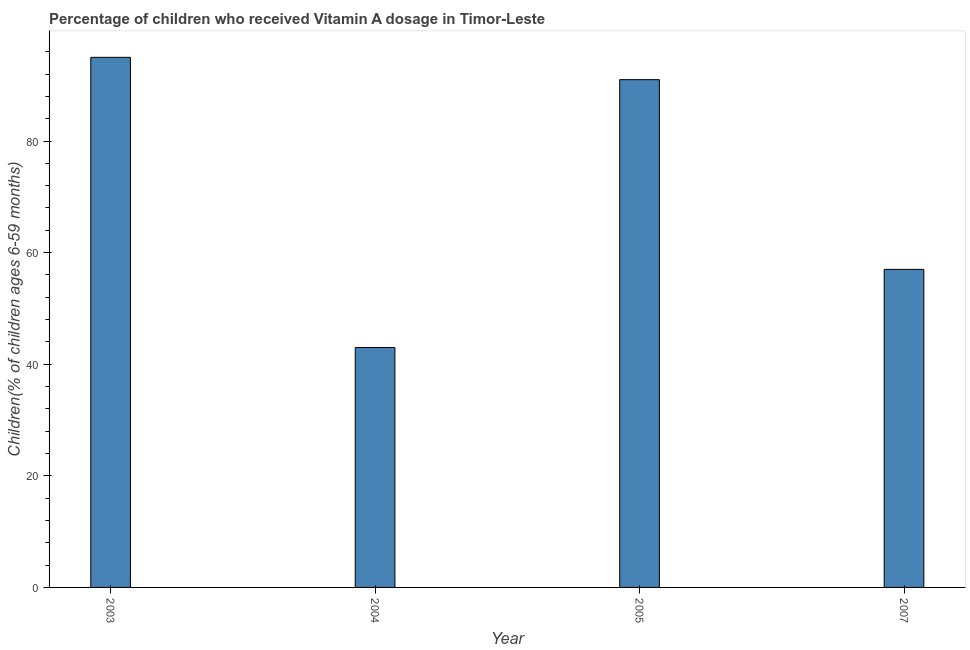
| Year | Vitamin A supplementation coverage rate  |
 | --- | --- |
 | 2003 | 95 |
 | 2004 | 43 |
 | 2005 | 91 |
 | 2007 | 57 |